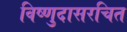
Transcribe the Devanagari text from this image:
विष्णुदासरचित